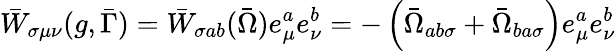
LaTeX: \bar{W}_{\sigma\mu\nu}(g,\bar{\Gamma})=\bar{W}_{\sigma ab}(\bar{\Omega})e_{\mu}^{a}e_{\nu}^{b}=-\left(\bar{\Omega}_{ab\sigma}+\bar{\Omega}_{ba\sigma}\right)e_{\mu}^{a}e_{\nu}^{b}